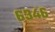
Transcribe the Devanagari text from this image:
६३४६